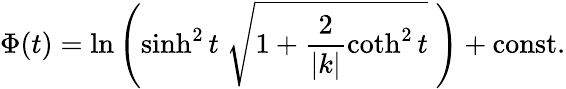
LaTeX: \Phi(t)=\ln\left(\sinh^{2}t\; \sqrt{1+\frac{2}{|k|}\coth^{2}t}\; \right)+\mathrm{const.}